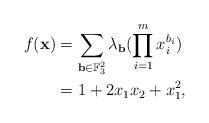
LaTeX: \begin{align*}f(\mathbf{x})&=\sum_{\mathbf{b}\in\mathbb{F}_{3}^{2}} \lambda_{\mathbf{b}} (\prod_{i=1}^{m} x_{i}^{b_{i}})\\&=1+2x_1x_2+x_1^2,\end{align*}